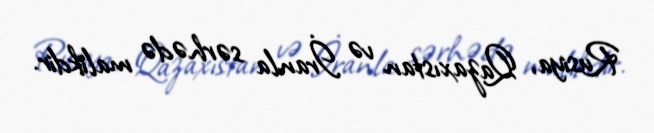
Rusiya, Qazaxıstan və İranla sərhədə malikdir.